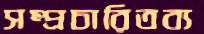
সম্প্রচারিতব্য